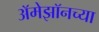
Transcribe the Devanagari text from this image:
अॅमेझॉनच्या